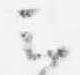
云